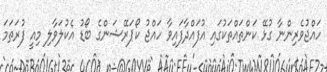
ހައްޖުވެރިންނާ ގުޅޭ ކަންތައްތަކުގައި އުފައްދާފައިވާ ހައްޖު ކޯޕަރޭޝަންގެ ބޯޑު އެކުލަވާލި މިއީ ފުރަތަމަ